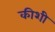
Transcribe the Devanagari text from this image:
कीशी